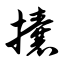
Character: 攮